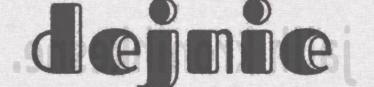
dejnie